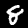
Digit: 8